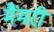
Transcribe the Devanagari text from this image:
मैंमरी